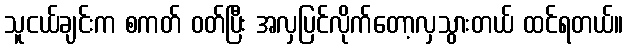
သူငယ်ချင်းက စကတ် ဝတ်ပြီး အလှပြင်လိုက်တော့လှသွားတယ် ထင်ရတယ်။